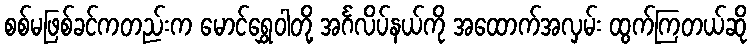
စစ်မဖြစ်ခင်ကတည်းက မောင်ရွှေဝါတို့ အင်္ဂလိပ်နယ်ကို အထောက်အလှမ်း ထွက်ကြတယ်ဆို